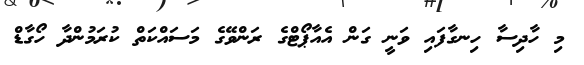
މި ހާދިސާ ހިނގާފައި ވަނީ ގަން އެއާޕޯޓްގެ ރަންވޭގެ މަަސައްކަތް ކުރަމުންދާ ހޯގާޑް